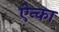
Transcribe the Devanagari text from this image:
ऐन्का